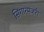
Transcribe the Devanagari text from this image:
सिंगारमंजरी